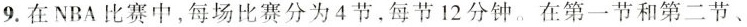
9.在NBA比赛中，每场比赛分为4节，每节12分钟。在第一节和第二节、